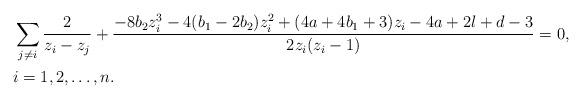
LaTeX: \begin{align*} &\sum_{j\ne i} \frac{2}{z_i-z_j} + \frac{ - 8b_2z_i^3 - 4(b_1-2b_2)z_i^2 + (4a+4b_1+3)z_i - 4a+2l+d-3}{2z_i(z_i-1)} = 0, \\ &i=1, 2, \ldots, n.\end{align*}